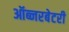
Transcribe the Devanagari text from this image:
ऑब्‍जरबेटरी